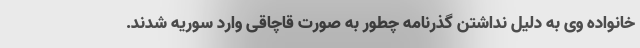
خانواده وی به دلیل نداشتن گذرنامه چطور به صورت قاچاقی وارد سوریه شدند.